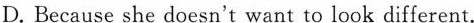
D. Because she doesn't want to look different.